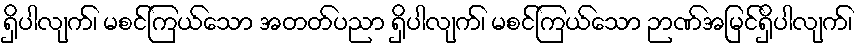
ရှိပါလျက်၊ မစင်ကြယ်သော အတတ်ပညာ ရှိပါလျက်၊ မစင်ကြယ်သော ဉာဏ်အမြင်ရှိပါလျက်၊